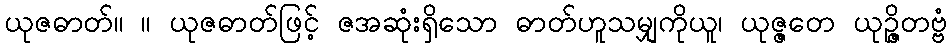
ယုဇဓာတ်။ ။ ယုဇဓာတ်ဖြင့် ဇအဆုံးရှိသော ဓာတ်ဟူသမျှကိုယူ၊ ယုဇ္ဇတေ ယုဉ္ဇိတဗ္ဗံ